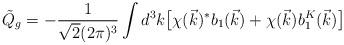
LaTeX: \begin{align*}\tilde{Q}_g = - \frac{1}{\sqrt{2} (2 \pi)^3} \int d^3 k\bigl[ \chi(\vec{k})^* b_1 (\vec{k}) +\chi (\vec{k}) b_1^K (\vec{k}) \bigr] \, \end{align*}